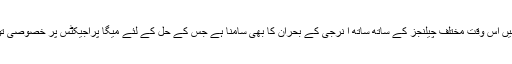
گورنر نے کہا کہ ہمیں اس وقت مختلف چیلنجز کے ساتھ ساتھ ا نرجی کے بحران کا بھی سامنا ہے جس کے حل کے لئے میگا پراجیکٹس پر خصوصی توجہ دی جارہی ہے ۔